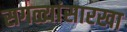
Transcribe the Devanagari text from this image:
सगळ्यांसारखा